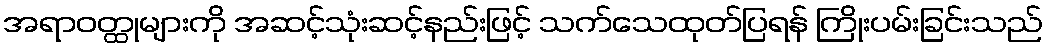
အရာဝတ္ထုများကို အဆင့်သုံးဆင့်နည်းဖြင့် သက်သေထုတ်ပြရန် ကြိုးပမ်းခြင်းသည်